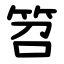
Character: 笤